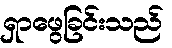
ရှာဖွေခြင်းသည်